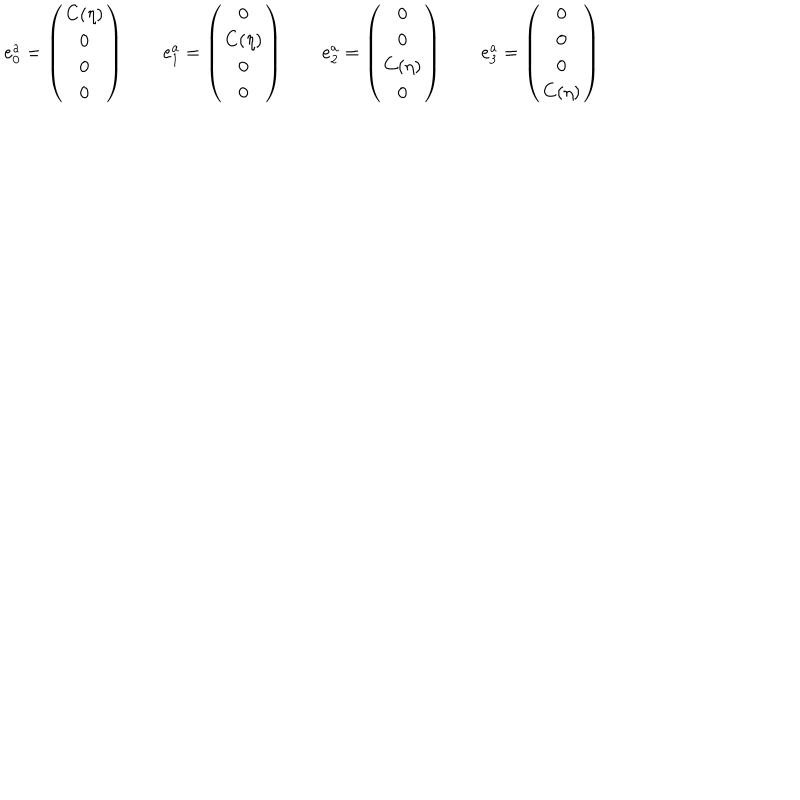
e _ { 0 } ^ { a } = \left( \begin{array} { c } { { C ( \eta ) } } \\ { { 0 } } \\ { { 0 } } \\ { { 0 } } \\ \end{array} \right) \qquad e _ { 1 } ^ { a } = \left( \begin{array} { c } { { 0 } } \\ { { C ( \eta ) } } \\ { { 0 } } \\ { { 0 } } \\ \end{array} \right) \qquad e _ { 2 } ^ { a } = \left( \begin{array} { c } { { 0 } } \\ { { 0 } } \\ { { C ( \eta ) } } \\ { { 0 } } \\ \end{array} \right) \qquad e _ { 3 } ^ { a } = \left( \begin{array} { c } { { 0 } } \\ { { 0 } } \\ { { 0 } } \\ { { C ( \eta ) } } \\ \end{array} \right)